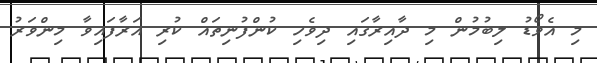
މި އެވޯޑު ލިބުމުން މި ދާއިރާގައި ދިވެހި ކުންފުނިތައް ކުރި އަރާފައިވާ މިންވަރު